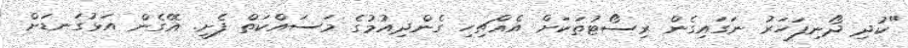
"ކުދި ދޯނިފަހަރު ނަގައިގެން ރިސޯޓުތަކަށް އެއްޗިހި ގެންދިއުމުގެ މަސައްކަތް ފެށީ. އޭގެން އަޅުގަނޑަށް